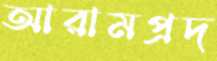
আরামপ্রদ